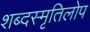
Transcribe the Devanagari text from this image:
शब्दस्मृतिलोप